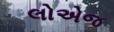
લોએજ